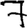
Digit: 7